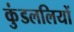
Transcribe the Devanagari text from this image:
कुंडललियों